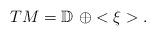
LaTeX: \begin{align*}TM=\mathbb{D}\,\, \oplus <\xi>.\end{align*}